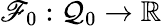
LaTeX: \mathscr{F}_{0}:\mathcal{Q}_{0}\to\mathbb{R}